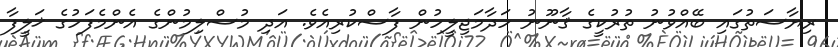
ރިޔާސަތުގައި ބޭއްވުނު ތުރުކީގެ ޤާނޫނު ހަދާމަޖިލީހުން ފާސްކުރިއެވެ. އަދި މުސްލިމުންގެ އެންމެފަހުގެ ޚަލީފާ